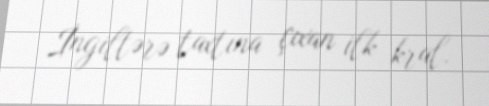
İngiltərə taxtına çıxan ilk kral.